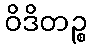
ဝိဒိတဉ္စ